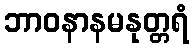
ဘာဝနာနမနုတ္တရံ